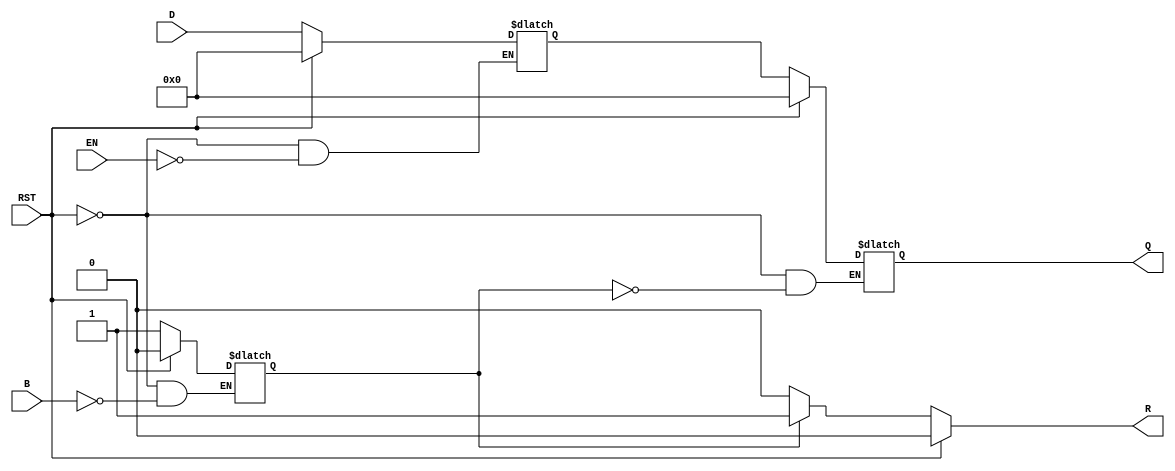
module BarrierRegister #(
    parameter N = 4 // Number of data inputs and outputs
)(
    input  wire [N-1:0] D,       // Data inputs
    input  wire EN,              // Enable signal
    input  wire B,               // Barrier signal
    input  wire RST,             // Asynchronous reset
    output reg  [N-1:0] Q,       // Data outputs
    output reg  R                // Ready signal
);

    reg [N-1:0] data_storage;     // Internal storage for data
    reg barrier_reached;           // Internal flag to indicate barrier condition

    // Asynchronous reset
    always @(*) begin
        if (RST) begin
            Q <= {N{1'b0}};        // Clear output data
            R <= 1'b0;            // Clear ready signal
            data_storage <= {N{1'b0}}; // Clear internal storage
            barrier_reached <= 1'b0; // Reset barrier flag
        end
        else begin
            // Capture data on enable
            if (EN) begin
                data_storage <= D;  // Latch the input data
            end

            // Check if barrier is reached
            if (B) begin
                barrier_reached <= 1'b1; // Set barrier flag
            end
            
            // Release data if barrier is reached
            if (barrier_reached) begin
                Q <= data_storage;     // Output the stored data
                R <= 1'b1;             // Assert ready signal
            end
            else begin
                R <= 1'b0;             // Deassert ready signal
            end
        end
    end
endmodule